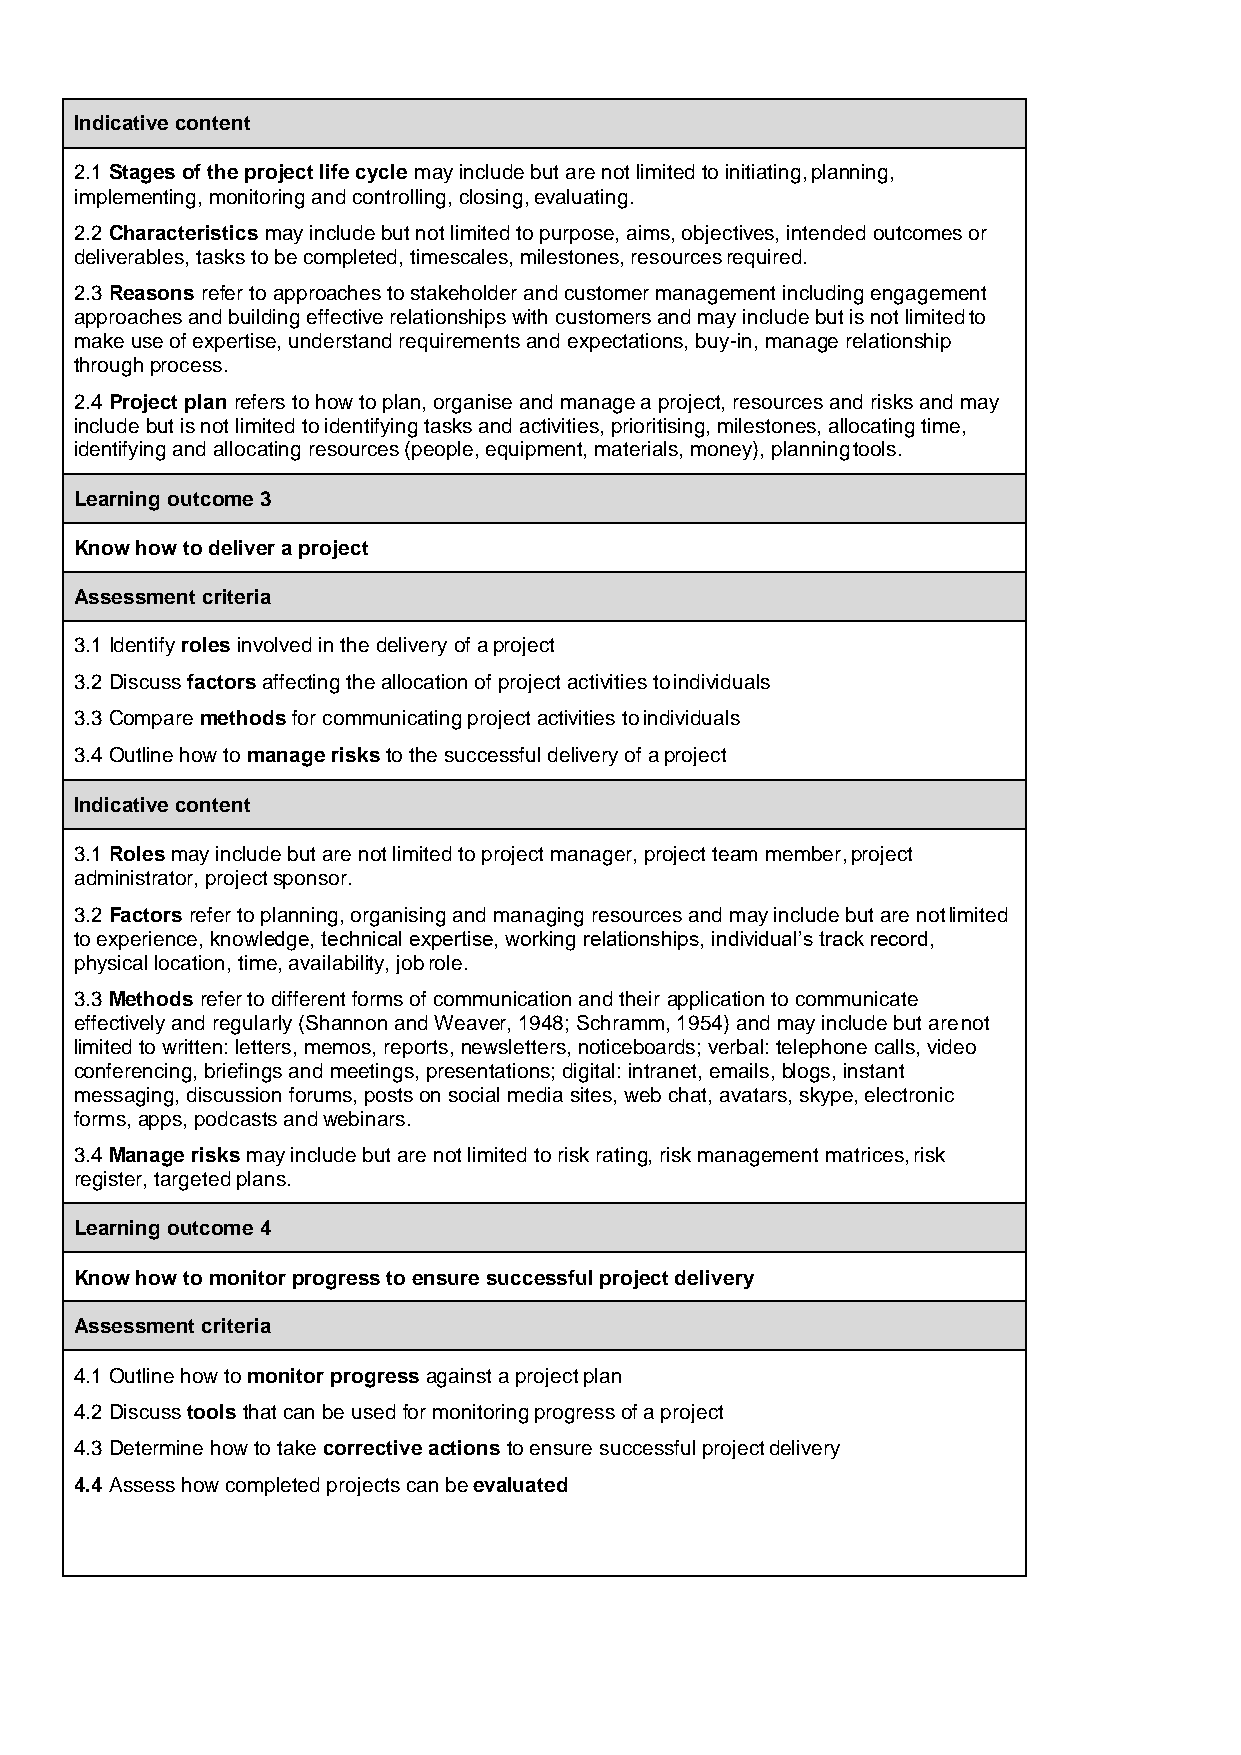
Indicative content
 2.1 Stages of the project life cycle may include but are not limited to initiating, planning,
 implementing, monitoring and controlling, closing, evaluating.
 2.2 Characteristics may include but not limited to purpose, aims, objectives, intended outcomes or
 deliverables, tasks to be completed, timescales, milestones, resources required.
 2.3 Reasons refer to approaches to stakeholder and customer management including engagement
 approaches and building effective relationships with customers and may include but is not limited to
 make use of expertise, understand requirements and expectations, buy-in, manage relationship
 through process.
 2.4 Project plan refers to how to plan, organise and manage a project, resources and risks and may
 include but is not limited to identifying tasks and activities, prioritising, milestones, allocating time,
 identifying and allocating resources (people, equipment, materials, money), planning tools.
 Learning outcome 3
 Know how to deliver a project
 Assessment criteria
 3.1 Identify roles involved in the delivery of a project
 3.2 Discuss factors affecting the allocation of project activities to individuals
 3.3 Compare methods for communicating project activities to individuals
 3.4 Outline how to manage risks to the successful delivery of a project
 Indicative content
 3.1 Roles may include but are not limited to project manager, project team member, project
 administrator, project sponsor.
 3.2 Factors refer to planning, organising and managing resources and may include but are not limited
 to experience, knowledge, technical expertise, working relationships, individual’s track record,
 physical location, time, availability, job role.
 3.3 Methods refer to different forms of communication and their application to communicate
 effectively and regularly (Shannon and Weaver, 1948; Schramm, 1954) and may include but are not
 limited to written: letters, memos, reports, newsletters, noticeboards; verbal: telephone calls, video
 conferencing, briefings and meetings, presentations; digital: intranet, emails, blogs, instant
 messaging, discussion forums, posts on social media sites, web chat, avatars, skype, electronic
 forms, apps, podcasts and webinars.
 3.4 Manage risks may include but are not limited to risk rating, risk management matrices, risk
 register, targeted plans.
 Learning outcome 4
 Know how to monitor progress to ensure successful project delivery
 Assessment criteria
 4.1 Outline how to monitor progress against a project plan
 4.2 Discuss tools that can be used for monitoring progress of a project
 4.3 Determine how to take corrective actions to ensure successful project delivery
 4.4 Assess how completed projects can be evaluated
 61